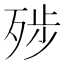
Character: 𰙿